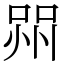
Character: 喌